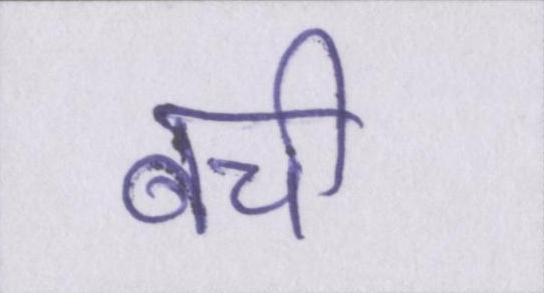
बची